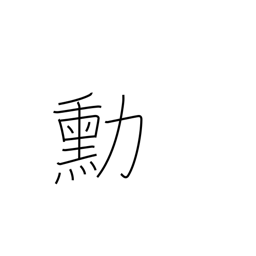
Meaning: merits